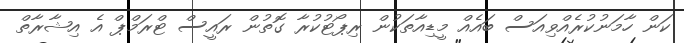
ކަން ހާމަނުކުރެއްވިއަސް ބައެއް މީޑިއާތަކުން ރިޕޯޓުކުރާ ގޮތުން ރައީސް ޓްރަމްޕް އެ އިޝާރާތް